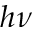
h \nu